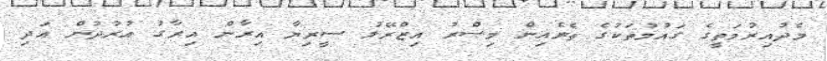
މެދުއިރުމަތީގެ ގައުމުތަކުގެ ތެރެއިން މިޞްރު އިޒްރޭލު ސީރިޔާ އިރާން އިރާގު އުރުދުން އަދި